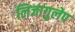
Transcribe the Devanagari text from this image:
लिजागुलेप